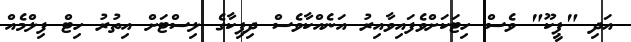
އަދި "ޕީކޫ" ވެސް ހިޓަކަށްވެފައިވާއިރު އަނެއްކާވެސް ދިޕިކާގެ ލިސްޓަށް އިތުުރު ހިޓް ފިލްމެއް